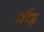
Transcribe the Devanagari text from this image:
मौड़